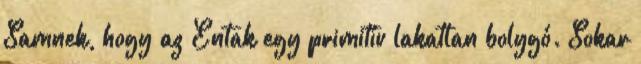
Samnek, hogy az Entak egy primitív lakatlan bolygó. Sokar